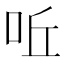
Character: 𠰋